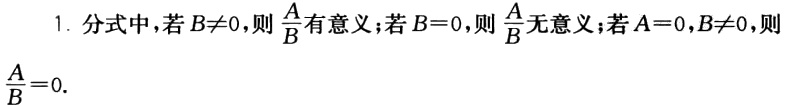
1. 分式中，若\(B\neq0\)，则\(\frac{A}{B}\)有意义；若\(B = 0\)，则\(\frac{A}{B}\)无意义；若\(A = 0\)，\(B\neq0\)，则\(\frac{A}{B}=0\)。